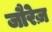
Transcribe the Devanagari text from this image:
जौरेज़